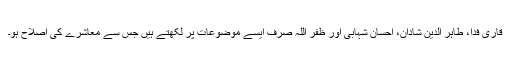
قاری فدا، طاہر الدین شادان، احسان شہابی اور ظفر اللہ صرف ایسے موضوعات پر لکھتے ہیں جس سے معاشرے کی اصلاح ہو۔